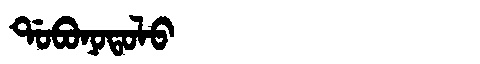
Manchu: ᡩᠣᠪᠣᠨᠣᡨᠣᠯᠣ
Romanization: DOBONOTOLO